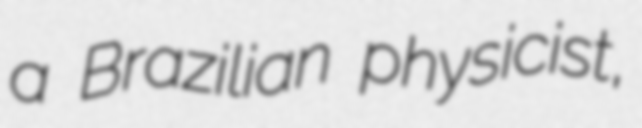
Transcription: a Brazilian physicist,